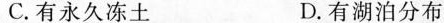
C.有永久冻土 D.有湖泊分布